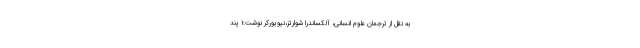
به نقل از ترجمان علوم انسانی، آلکساندرا شوارتز،نیویورکر نوشت:۱ پند